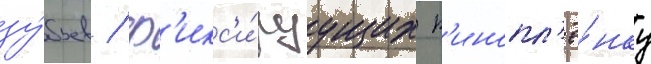
зу́бьев / ф'икс'и́руущих к'инопл'ё́нку